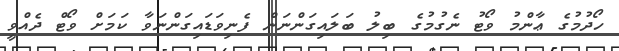
ހޯދުމުގެ ޢާންމު ވޯޓު ނެގުމުގެ ބިލު ބަލައިގަންނަން ފެނިވަޑައިގަންނަވާ ކަމަށް ވޯޓް ދެއްވީ